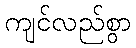
ကျင်လည်စွာ